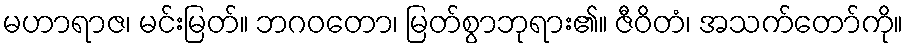
မဟာရာဇ၊ မင်းမြတ်။ ဘဂဝတော၊ မြတ်စွာဘုရား၏။ ဇီဝိတံ၊ အသက်တော်ကို။